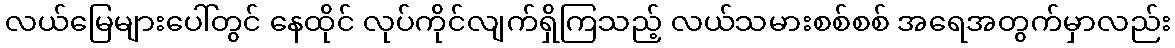
လယ်မြေများပေါ်တွင် နေထိုင် လုပ်ကိုင်လျက်ရှိကြသည့် လယ်သမားစစ်စစ် အရေအတွက်မှာလည်း